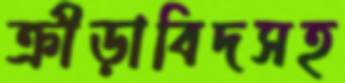
ক্রীড়াবিদসহ